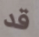
قد